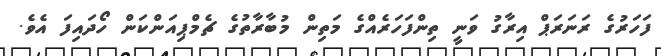
ފަހަރުގެ ރަނަރަޕް އިރާގު ވަނީ ތިންފަހަރެއްގެ މަތިން މުބާރާތުގެ ޗެމްޕިއަންކަން ހޯދައިފަ އެވެ.